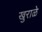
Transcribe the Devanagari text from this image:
खुराळे